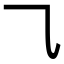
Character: ⺄